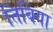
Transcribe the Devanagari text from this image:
तिबिया